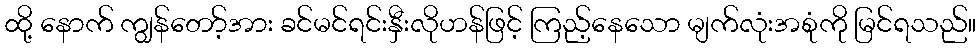
ထို့ နောက် ကျွန်တော့်အား ခင်မင်ရင်းနှီးလိုဟန်ဖြင့် ကြည့်နေသော မျက်လုံးအစုံကို မြင်ရသည်။